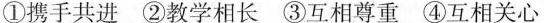
①携手共进②教学相长③互相尊重④互相关心